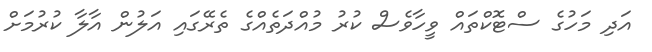
އަދި މަހުގެ ސްޓޮކްތައް ވީހާވެސް ކުރު މުއްދަތެއްގެ ތެރޭގައި އަލުން އާލާ ކުރުމަށް